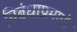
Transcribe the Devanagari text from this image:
निबंधाप्रमाणे